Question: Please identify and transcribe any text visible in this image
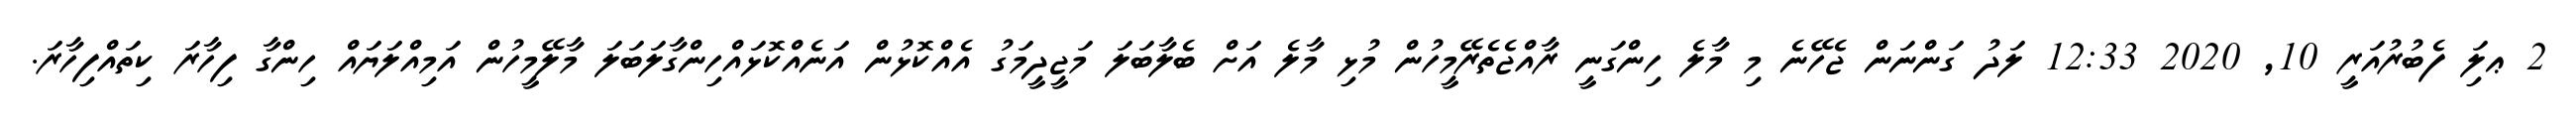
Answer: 2 ޢލަި ފެބުރުއަރީ 10, 2020 12:33 ލަދު ގަންނަން ޖެހޭނެ މި މާލެ ހިންގަނީ ރާއްޖެތެރޭމީހުން މުޅި މާލެ އަށް ބެލާބަލަ މަޖީދީމަގު އެއްކޮޅުން އަނެއްކޮޅައްހިންގާލަބަލަ މާލޭމީހުން އަމިއްލަޔައް ހިންގާ ފިހާރަ ކިތައްފިހާރަ.